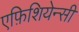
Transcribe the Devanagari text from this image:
एफ़िशियेन्सी